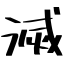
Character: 滅